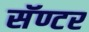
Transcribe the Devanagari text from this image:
सॅण्टर